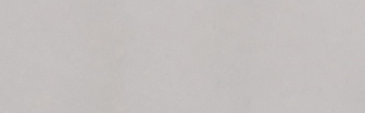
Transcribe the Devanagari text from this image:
यति